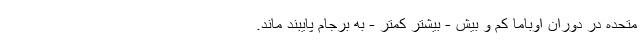
متحده در دوران اوباما کم و بیش - بیشتر کمتر - به برجام پایبند ماند.